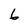
Character: 6